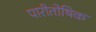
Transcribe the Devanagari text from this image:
पारीतोषिक